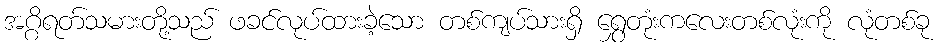
အဂ္ဂိရတ်သမားတို့သည် ဖခင်လုပ်ထားခဲ့သော တစ်ကျပ်သားရှိ ရွှေတုံးကလေးတစ်လုံးကို လုံတစ်ခု